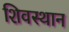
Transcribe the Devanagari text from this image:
शिवस्थान